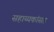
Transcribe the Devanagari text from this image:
सहाय्यकांसह